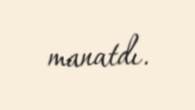
manatdı.